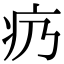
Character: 疓